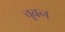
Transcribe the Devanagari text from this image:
चूवन